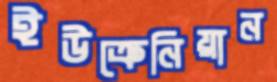
ইউক্রেনিয়ান